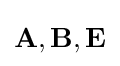
\mathbf {A} ,\mathbf {B} ,\mathbf {E}